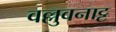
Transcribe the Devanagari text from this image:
वल्लुवनाट्ट